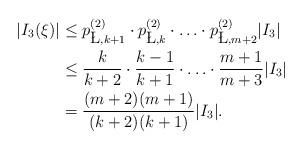
LaTeX: \begin{align*}|I_3(\xi)| &\leq p_{\L,k+1}^{(2)}\cdot p_{\L,k}^{(2)} \cdot \ldots \cdot p_{\L,m+2}^{(2)}|I_3|\\&\leq \frac{k}{k+2} \cdot \frac{k-1}{k+1} \cdot \ldots \cdot \frac{m+1}{m+3} |I_3|\\&= \frac{(m+2)(m+1)}{(k+2)(k+1)}|I_3|.\end{align*}